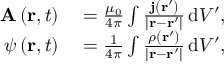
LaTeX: \begin{array} { r l } { \mathbf { A } \left( \mathbf { r } , t \right) } & { { } = { \frac { \mu _ { 0 } } { 4 \pi } } \int { \frac { \mathbf { j } \left( \mathbf { r } ^ { \prime } \right) } { \left| \mathbf { r } - \mathbf { r } ^ { \prime } \right| } } \, \mathrm { d } V ^ { \prime } , } \\ { \psi \left( \mathbf { r } , t \right) } & { { } = { \frac { 1 } { 4 \pi } } \int { \frac { \rho \left( \mathbf { r } ^ { \prime } \right) } { \left| \mathbf { r } - \mathbf { r } ^ { \prime } \right| } } \, \mathrm { d } V ^ { \prime } , } \end{array}